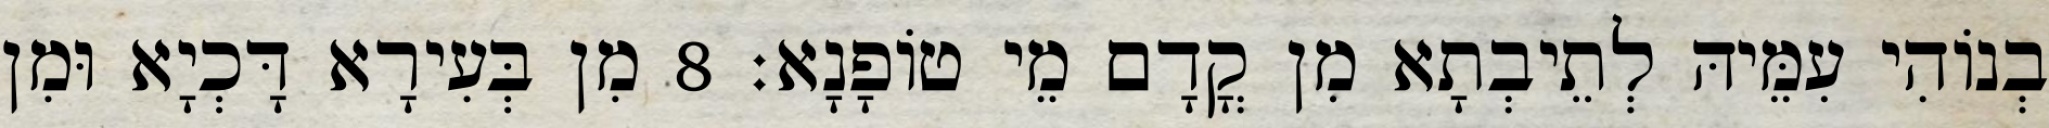
בְנוֹהִי עִמֵּיהּ לְתֵיבְתָא מִן קֳדָם מֵי טוֹפָנָא׃ 8 מִן בְּעִירָא דָּכְיָא וּמִן